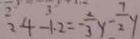
2 4 - 1 . 2 = - \frac { 2 } { 3 } y - \frac { 7 } { 2 } y